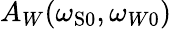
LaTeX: A_{W}(\omega_{\mathrm{{S}}0},\omega_{W0})